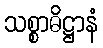
သစ္စာဓိဋ္ဌာနံ